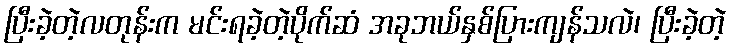
ပြီးခဲ့တဲ့လတုန်းက မင်းရခဲ့တဲ့ပိုက်ဆံ အခုဘယ်နှစ်ပြားကျန်သလဲ၊ ပြီးခဲ့တဲ့